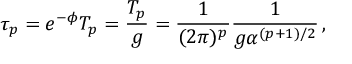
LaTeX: \tau _ { p } = e ^ { - \phi } T _ { p } = \frac { T _ { p } } { g } = \frac { 1 } { ( 2 \pi ) ^ { p } } \frac { 1 } { g \alpha ^ { ( p + 1 ) / 2 } } \, ,